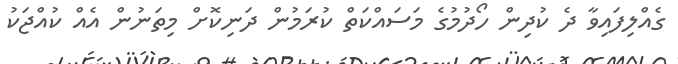
ގެއްލިފައިވާ ދެ ކުދިން ހޯދުމުގެ މަސައްކަތް ކުރަމުން ދަނިކޮށް މިތަނުން އެއް ކުއްޖަކު